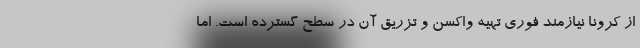
از کرونا نیازمند فوری تهیه واکسن و تزریق آن در سطح گسترده است. اما